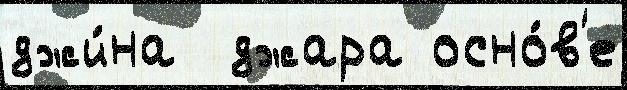
джи́на  джара осно́в'е